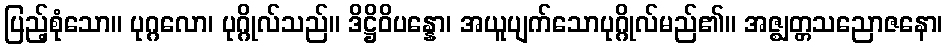
ပြည့်စုံသော။ ပုဂ္ဂလော၊ ပုဂ္ဂိုလ်သည်။ ဒိဋ္ဌိဝိပန္နော၊ အယူပျက်သောပုဂ္ဂိုလ်မည်၏။ အဇ္ဈတ္တသညောဇနော၊